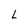
Character: L